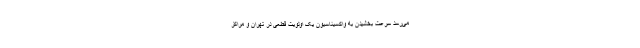
می‌رسد سرعت بخشیدن به واکسیناسیون یک اولویت قطعی در تهران و مراکز